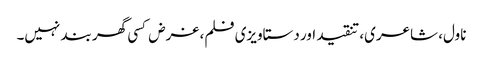
ناول، شاعری، تنقید اور دستاویزی فلم، غرض کسی گھر بند نہیں۔